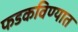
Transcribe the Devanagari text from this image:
फडकविण्यात